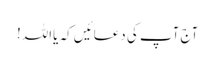
آج آپ کی دعائیں کہ یااللہ!